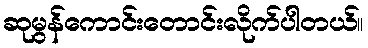
ဆုမွန်ကောင်းတောင်းလိုက်ပါတယ်။